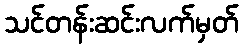
သင်တန်းဆင်းလက်မှတ်